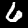
Label: 6